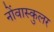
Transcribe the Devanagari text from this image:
नोंवास्कुलर